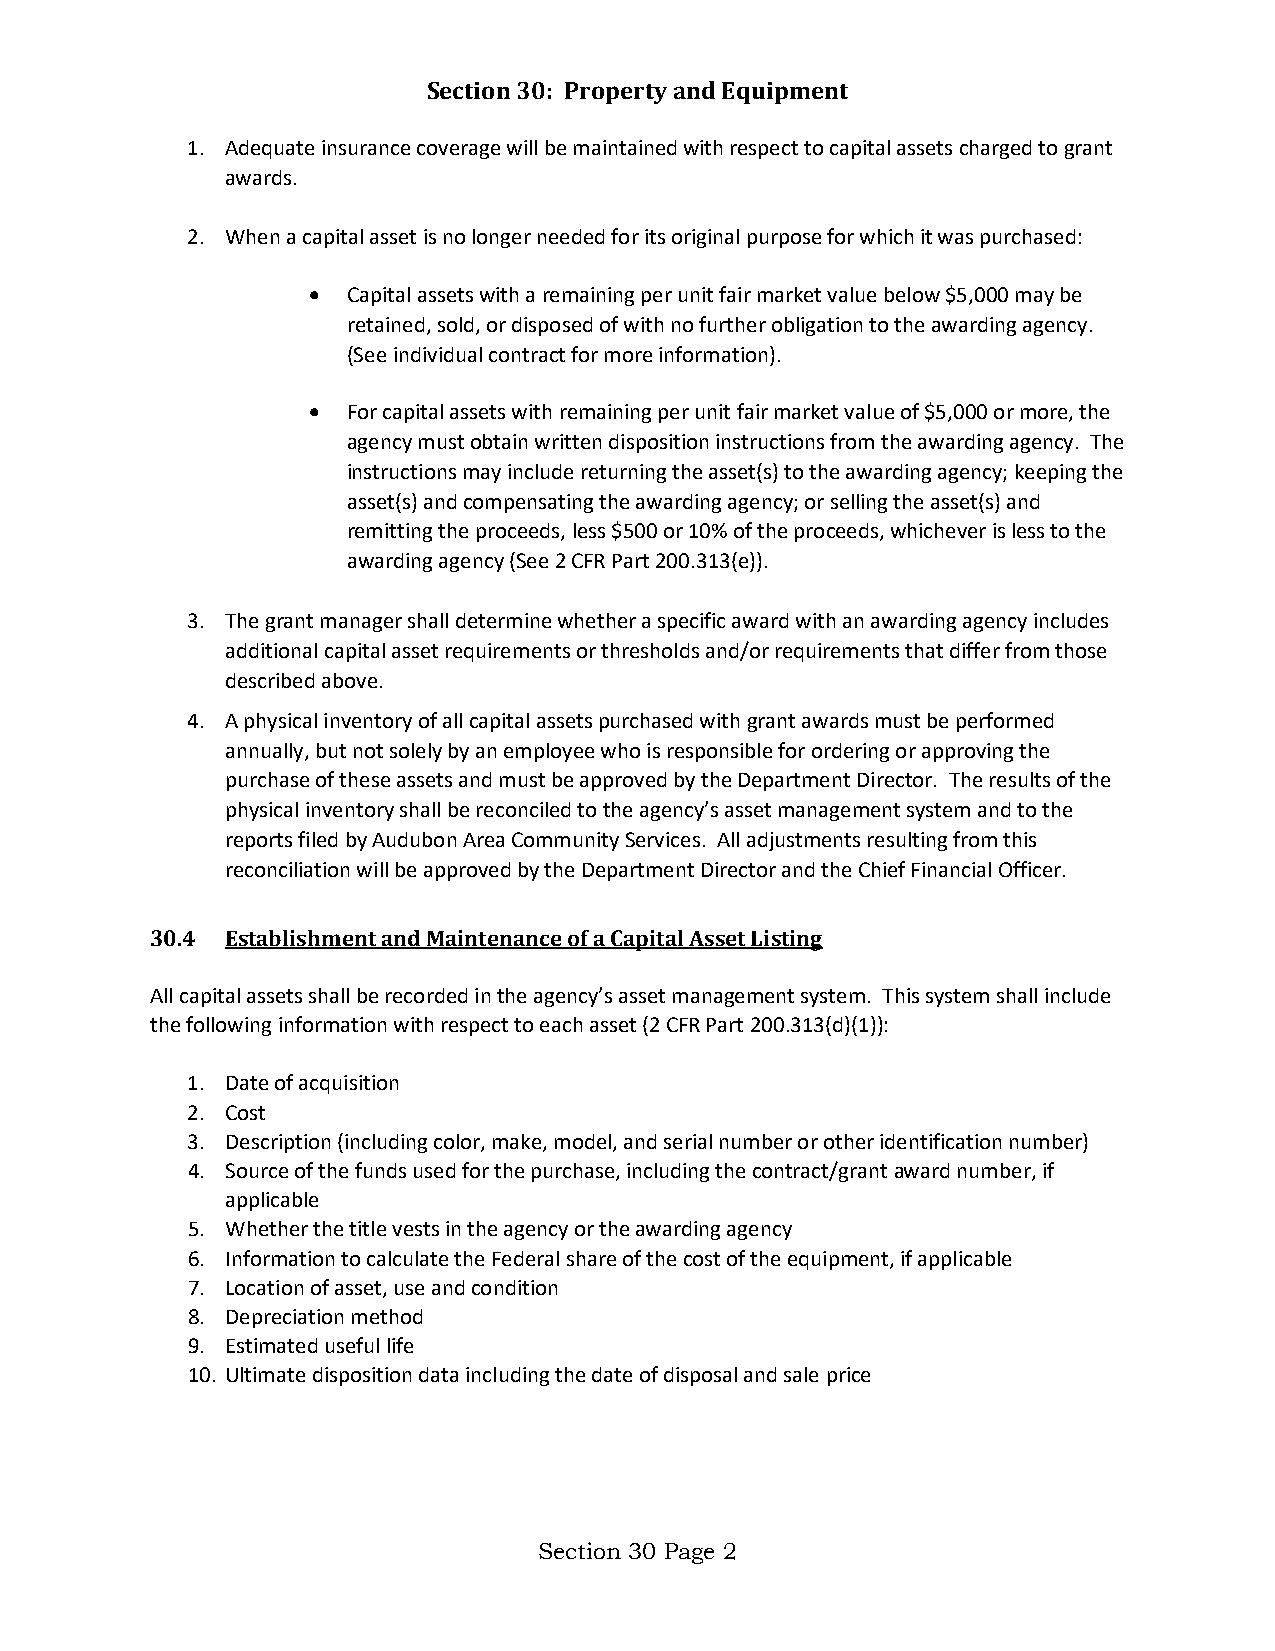
Section 30: Property and Equipment
 1. Adequate insurance coverage will be maintained with respect to capital assets charged to grant
 awards.
 2. When a capital asset is no longer needed for its original purpose for which it was purchased:
 •  Capital assets with a remaining per unit fair market value below $5,000 may be
 retained, sold, or disposed of with no further obligation to the awarding agency.
 (See individual contract for more information).
 •  For capital assets with remaining per unit fair market value of $5,000 or more, the
 agency must obtain written disposition instructions from the awarding agency. The
 instructions may include returning the asset(s) to the awarding agency; keeping the
 asset(s) and compensating the awarding agency; or selling the asset(s) and
 remitting the proceeds, less $500 or 10% of the proceeds, whichever is less to the
 awarding agency (See 2 CFR Part 200.313(e)).
 3. The grant manager shall determine whether a specific award with an awarding agency includes
 additional capital asset requirements or thresholds and/or requirements that differ from those
 described above.
 4. A physical inventory of all capital assets purchased with grant awards must be performed
 annually, but not solely by an employee who is responsible for ordering or approving the
 purchase of these assets and must be approved by the Department Director. The results of the
 physical inventory shall be reconciled to the agency’s asset management system and to the
 reports filed by Audubon Area Community Services. All adjustments resulting from this
 reconciliation will be approved by the Department Director and the Chief Financial Officer.
 30.4 Establishment and Maintenance of a Capital Asset Listing
 All capital assets shall be recorded in the agency’s asset management system. This system shall include
 the following information with respect to each asset (2 CFR Part 200.313(d)(1)):
 1. Date of acquisition
 2. Cost
 3. Description (including color, make, model, and serial number or other identification number)
 4. Source of the funds used for the purchase, including the contract/grant award number, if
 applicable
 5. Whether the title vests in the agency or the awarding agency
 6. Information to calculate the Federal share of the cost of the equipment, if applicable
 7. Location of asset, use and condition
 8. Depreciation method
 9. Estimated useful life
 10. Ultimate disposition data including the date of disposal and sale price
 Section 30 Page 2